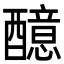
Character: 醷